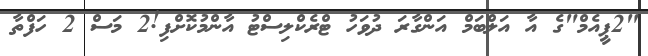
"2ޕީއެމް"ގެ އާ އަލްބަމް އަންގާރަ ދުވަހު ޓްރެކްލިސްޓު އާންމުކޮށްފި!2 މަސް 2 ހަފްތާ